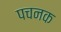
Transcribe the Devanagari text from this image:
पचनक